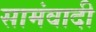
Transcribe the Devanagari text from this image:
सामंवादी